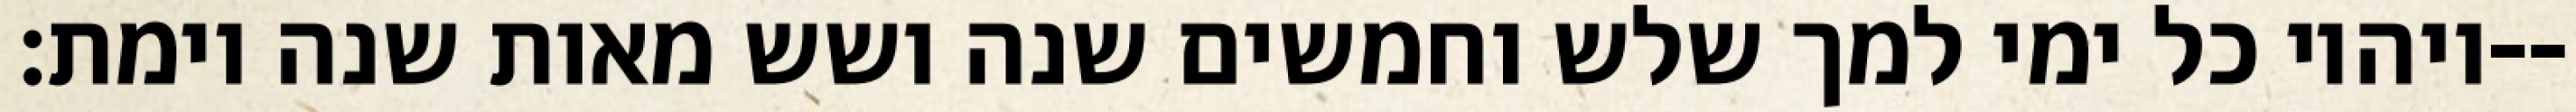
ויהיו כל ימי למך שלש וחמשים שנה ושש מאות שנה וימת׃--